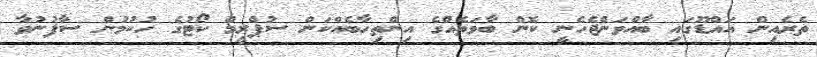
ތެރެއިން އައްޑޫގައި ބާއްވަންޖެހެނީ ކޮން ބާވަތެއްގެ އިންތިހާބެއްކަން ސުޕްރީމް ކޯޓުގެ ހުކުމުން ސާފުނުވާ